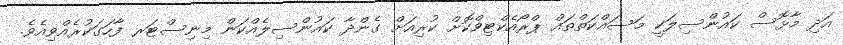
އަދި މާޅޮސް ކައުންސިލަކީ މަސައްކަތްތައް ޕްރޯއެކްޓިވްކޮށް ކުރިއަށް ގެންދާ ކައުންސިލެއްކަން މިނިސްޓަރ ފާހަގަކުރެއްވިއެވެ.